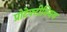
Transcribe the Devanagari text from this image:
प्रोटेक्टीनियम